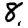
Digit: 8